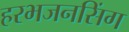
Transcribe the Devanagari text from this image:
हरभजनसिंग